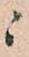
ニ